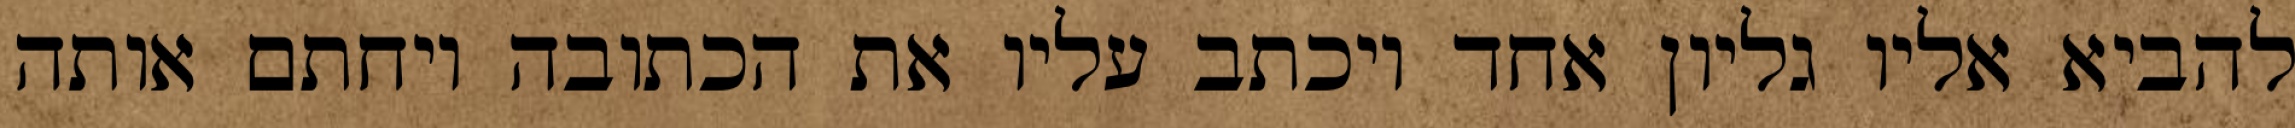
להביא אליו גליון אחד ויכתב עליו את הכתובה ויחתם אותה